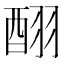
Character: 𮠪